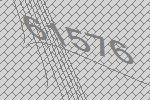
61576